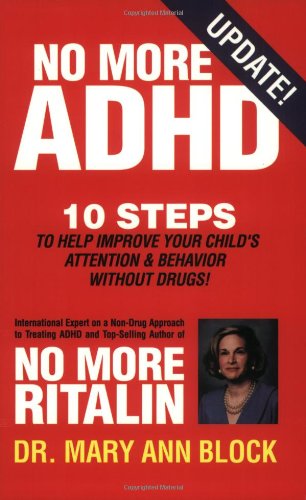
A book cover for No More ADHD; Dr. Mary Ann Block; Parenting & Relationships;